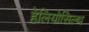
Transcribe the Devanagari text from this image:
हेलियोसिल्थ